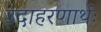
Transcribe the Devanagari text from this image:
उदाहरणार्थः